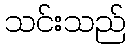
သင်းသည်